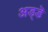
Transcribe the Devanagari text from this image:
अड्डॆ